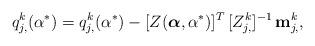
LaTeX: \begin{align*} q^k_{j,}(\alpha^*) = q^k_{j,}(\alpha^*) - [Z(\boldsymbol{\alpha}, \alpha^*)]^T\, [Z_{j, }^k]^{-1}\, {\bf m}^k_{j,},\end{align*}